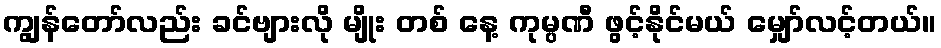
ကျွန်တော်လည်း ခင်ဗျားလို မျိုး တစ် နေ့ ကုမ္ပဏီ ဖွင့်နိုင်မယ် မျှော်လင့်တယ်။